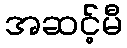
အဆင့်မီ